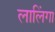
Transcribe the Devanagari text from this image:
लालिंगा